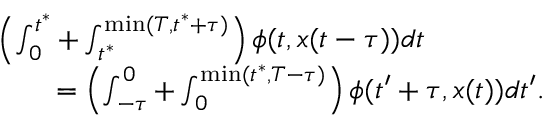
\begin{array} { r l } & { \left( \int _ { 0 } ^ { t ^ { * } } + \int _ { t ^ { * } } ^ { \operatorname* { m i n } ( T , t ^ { * } + \tau ) } \right) \phi ( t , x ( t - \tau ) ) d t } \\ & { \qquad = \left( \int _ { - \tau } ^ { 0 } + \int _ { 0 } ^ { \operatorname* { m i n } ( t ^ { * } , T - \tau ) } \right) \phi ( t ^ { \prime } + \tau , x ( t ) ) d t ^ { \prime } . } \end{array}